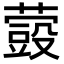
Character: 𮑬